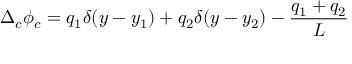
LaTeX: \Delta _ { c } \phi _ { c } = q _ { 1 } \delta ( y - y _ { 1 } ) + q _ { 2 } \delta ( y - y _ { 2 } ) - \frac { q _ { 1 } + q _ { 2 } } { L }